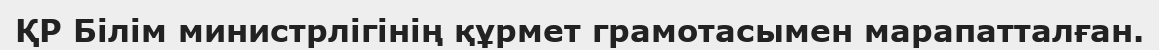
ҚР Білім министрлігінің құрмет грамотасымен марапатталған.